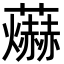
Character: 𮓊